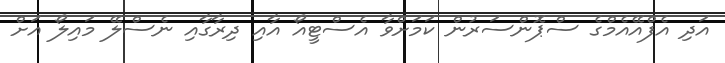
އަދި އެފްއޭއެމްގެ ސްޕޮންސަރުން ކަމަށްވާ އެސްޓީއޯ އާއި ދިރާގާއި ނެސްލޭ މައިލޯ އަށް